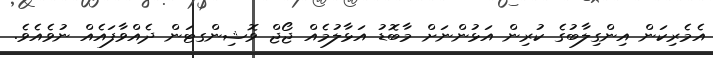
އެމެރިކަން އިންގިލާބުގެ ކުރިން އަޅުންނަށް މާބޮޑު އަޅާލުމެއް ޖޯޖް ވޮޝިންގޓަން ދެއްވާފައެއް ނުވެއެވެ.